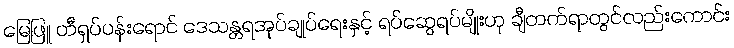
မြေဖြူ တီရှပ်ပန်းရောင် ဒေသန္တရအုပ်ချုပ်ရေးနှင့် ရပ်ဆွေရပ်မျိုးဟု ချီတက်ရာတွင်လည်းကောင်း